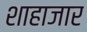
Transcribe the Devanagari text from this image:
शाहाजार